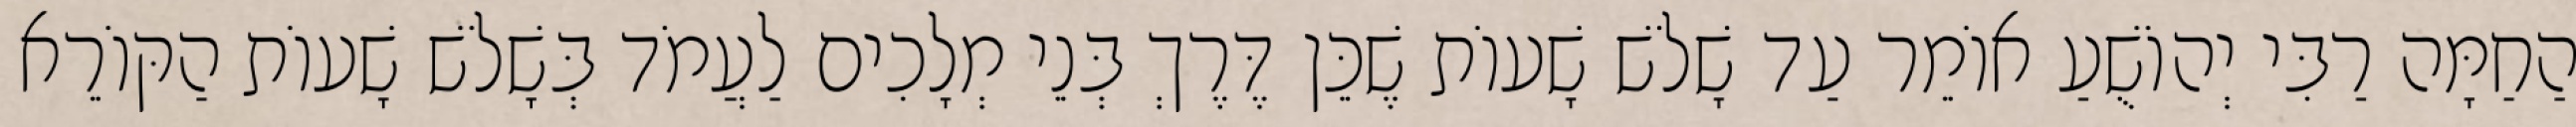
הַחַמָּה רַבִּי יְהוֹשֻׁעַ אוֹמֵר עַד שָׁלֹשׁ שָׁעוֹת שֶׁכֵּן דֶּרֶךְ בְּנֵי מְלָכִים לַעֲמֹד בְּשָׁלֹשׁ שָׁעוֹת הַקּוֹרֵא